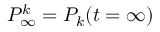
P _ { \infty } ^ { k } = P _ { k } ( t = \infty )